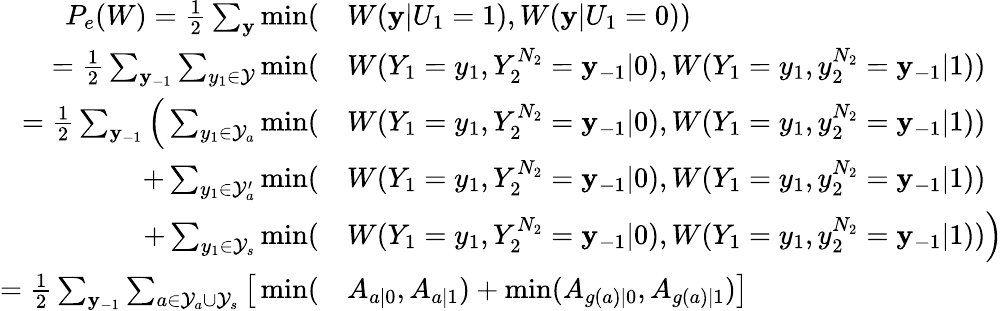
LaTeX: \begin{array}{rl}{P_{e}(W)=\frac{1}{2}\sum_{\mathbf{y}}\operatorname*{min}(}&{W(\mathbf{y}|U_{1}=1),W(\mathbf{y}|U_{1}=0))}\\ {=\frac{1}{2}\sum_{\mathbf{y}_{-1}}\sum_{y_{1}\in\mathcal{Y}}\operatorname*{min}(}&{W(Y_{1}=y_{1},Y_{2}^{N_{2}}=\mathbf{y}_{-1}|0),W(Y_{1}=y_{1},y_{2}^{N_{2}}=\mathbf{y}_{-1}|1))}\\ {=\frac{1}{2}\sum_{\mathbf{y}_{-1}}\Big(\sum_{y_{1}\in\mathcal{Y}_{a}}\operatorname*{min}(}&{W(Y_{1}=y_{1},Y_{2}^{N_{2}}=\mathbf{y}_{-1}|0),W(Y_{1}=y_{1},y_{2}^{N_{2}}=\mathbf{y}_{-1}|1))}\\ {+\sum_{y_{1}\in\mathcal{Y}_{a}^{\prime}}\operatorname*{min}(}&{W(Y_{1}=y_{1},Y_{2}^{N_{2}}=\mathbf{y}_{-1}|0),W(Y_{1}=y_{1},y_{2}^{N_{2}}=\mathbf{y}_{-1}|1))}\\ {+\sum_{y_{1}\in\mathcal{Y}_{s}}\operatorname*{min}(}&{W(Y_{1}=y_{1},Y_{2}^{N_{2}}=\mathbf{y}_{-1}|0),W(Y_{1}=y_{1},y_{2}^{N_{2}}=\mathbf{y}_{-1}|1))\Big)}\\ {=\frac{1}{2}\sum_{\mathbf{y}_{-1}}\sum_{a\in\mathcal{Y}_{a}\cup\mathcal{Y}_{s}}\big[\operatorname*{min}(}&{A_{a\vert 0},A_{a\vert 1})+\operatorname*{min}(A_{g(a)\vert 0},A_{g(a)\vert 1})\big]}\end{array}